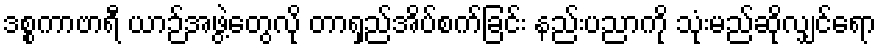
ဒစ္စကာဗာရီ ယာဉ်အဖွဲ့တွေလို တာရှည်အိပ်စက်ခြင်း နည်းပညာကို သုံးမည်ဆိုလျှင်ရော